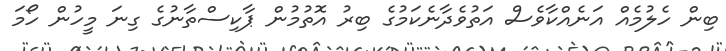
ބިން ހެލުމެއް އަނެއްކާވެސް އަތުވެދާނެކަމުގެ ބިރު އޮތުމުން ޕާކިސްތާނުގެ ގިނަ މީހުން ހޯމަ